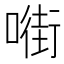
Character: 𱔡